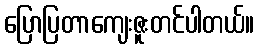
ပြောပြတာကျေးဇူးတင်ပါတယ်။